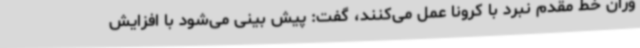
وران خط مقدم نبرد با کرونا عمل می‌کنند، گفت: پیش بینی می‌شود با افزایش